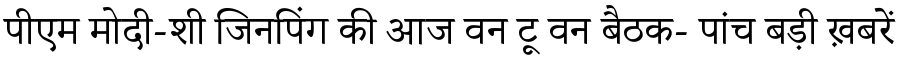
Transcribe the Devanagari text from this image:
पीएम मोदी-शी जिनपिंग की आज वन टू वन बैठक- पांच बड़ी ख़बरें